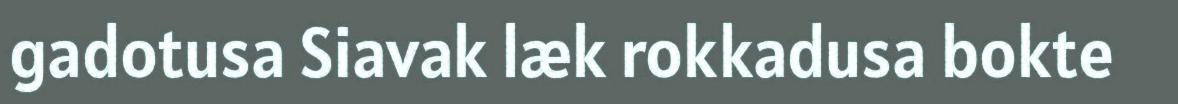
gadotusa Siavak læk rokkadusa bokte